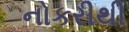
નોકરીથી